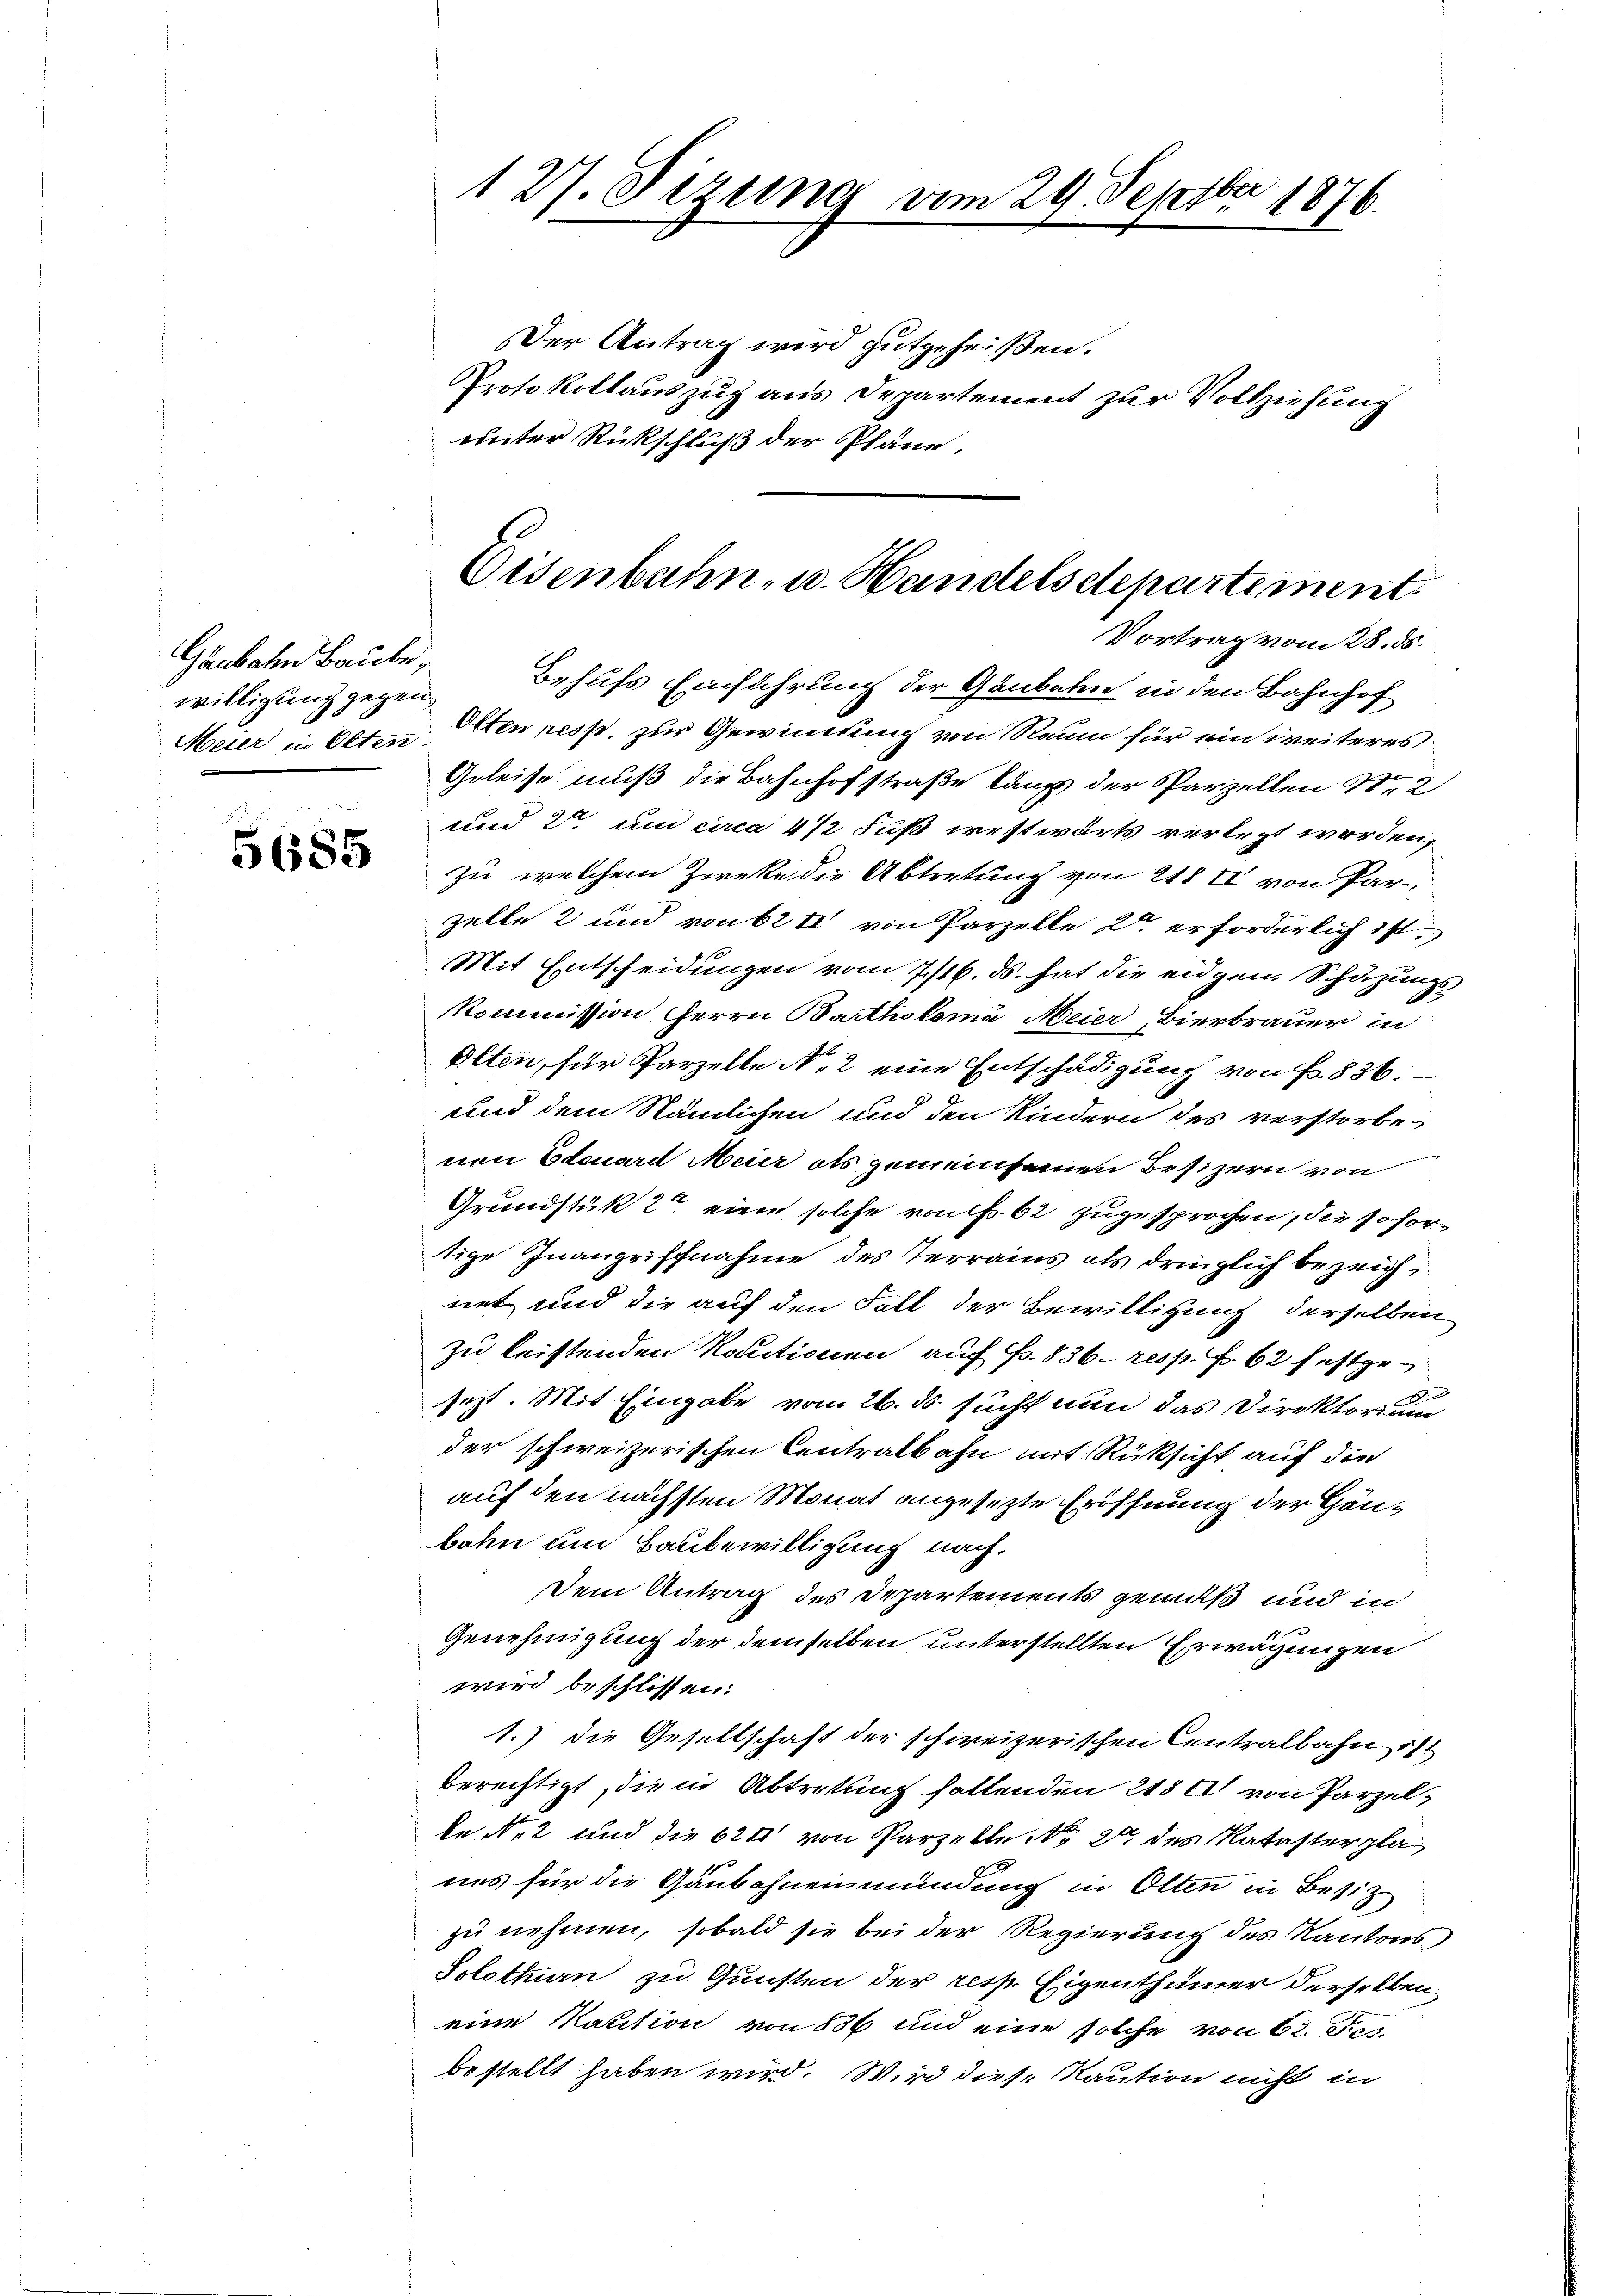
Gaubahn Baube,
willigung gegen,

5685

Behufs Einführung der Gaubal in den Bahnhof
Meier in Olten Otten ress, zur Gewinnung von Raum für ein weiteres
Geleise muß die Bahnhofstraße lang der Parzellen Nr. 2
und 2 und circa 4 1/2 Fuß westwärts verlezt worden,
zu welchem Zwecke die Abtretung von 218 II von Par
zelle 2 und von 624 von Parzelle 2 erforderlich ist.
Mit Entscheidungen vom 7/16. ds. hat die eidgen Schazungs¬
Kommission Herrn Bartholoma Meier, Bierbrauer in
Olten, für Parzelle No 2 eine Entschädigung von Fr. 836.
und dem Nämlichen und den Kindern des verstorbe
nen Edouard Meier als gemeinsamen Besizern von
Grundstük 2 eine solche von f. 62 zugesprochen, die sofortige Inangriffnahme des Terrains als dringlich bezeichnet und die auf den Fall der Bewilligung derselben
zu leistenden Kautionen auf Fr. 836 - resp. f. 62 festged
sezt. Mit Eingabe vom 26. ds. sucht nun das Direktorium
der schweizerischen Centralbahn mit Rüksicht auf die
auf den nächsten Monat angesezte Eröffnung der Gänbahn um Baubewilligung nach.
Dem Antrag des Departements gemäß und in
Genehmigung der demselben unterstellten Erwägungen
wird beschlossen:
1.) die Gesellschaft der schweizerischen Centralbahn ist
berechtigt, die in Abtretung haltenden 218. von Parzel,
le Nr. 2 und die 624 von Parzelle No. 2 des Kataster pla
uns für die Gaubahnen mündung in Olten in Besitz
zu nehmen, sobald sie bei der Regierung des Kantons
Solotten zu Gunsten der resp. Eigenthümer derselben
eine Kaution von 836 und eine solche von 62. Dies
bestellt haben wird. Wird diese Kaution nicht in

127. Ferung vom 29. Septbr 1876.

Der Antrag wird gutgeheißen.
Protokollauszug aus Departement zur Vollziehung
unter Rückschluß der Pläne.

Eisenbahn- u. Handelsdepartement
Vortrag vom 28. ds.